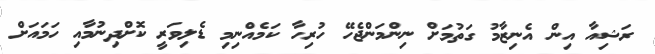
ރަޝިއާ އިން އެނިޒާމު ގަތުމަށް ނިންމަންޖެހޭ ހުރިހާ ކަމެއްނިމި ޑެލިވަރީ ކޮށްދިނުމާއި ހަމައަށް